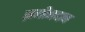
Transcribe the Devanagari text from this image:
ज़मीनदान